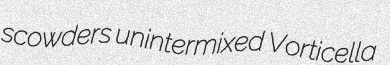
scowders unintermixed Vorticella